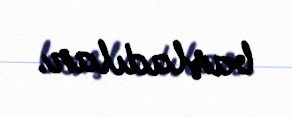
başladılar.